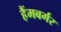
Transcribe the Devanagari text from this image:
हैंमबर्गर